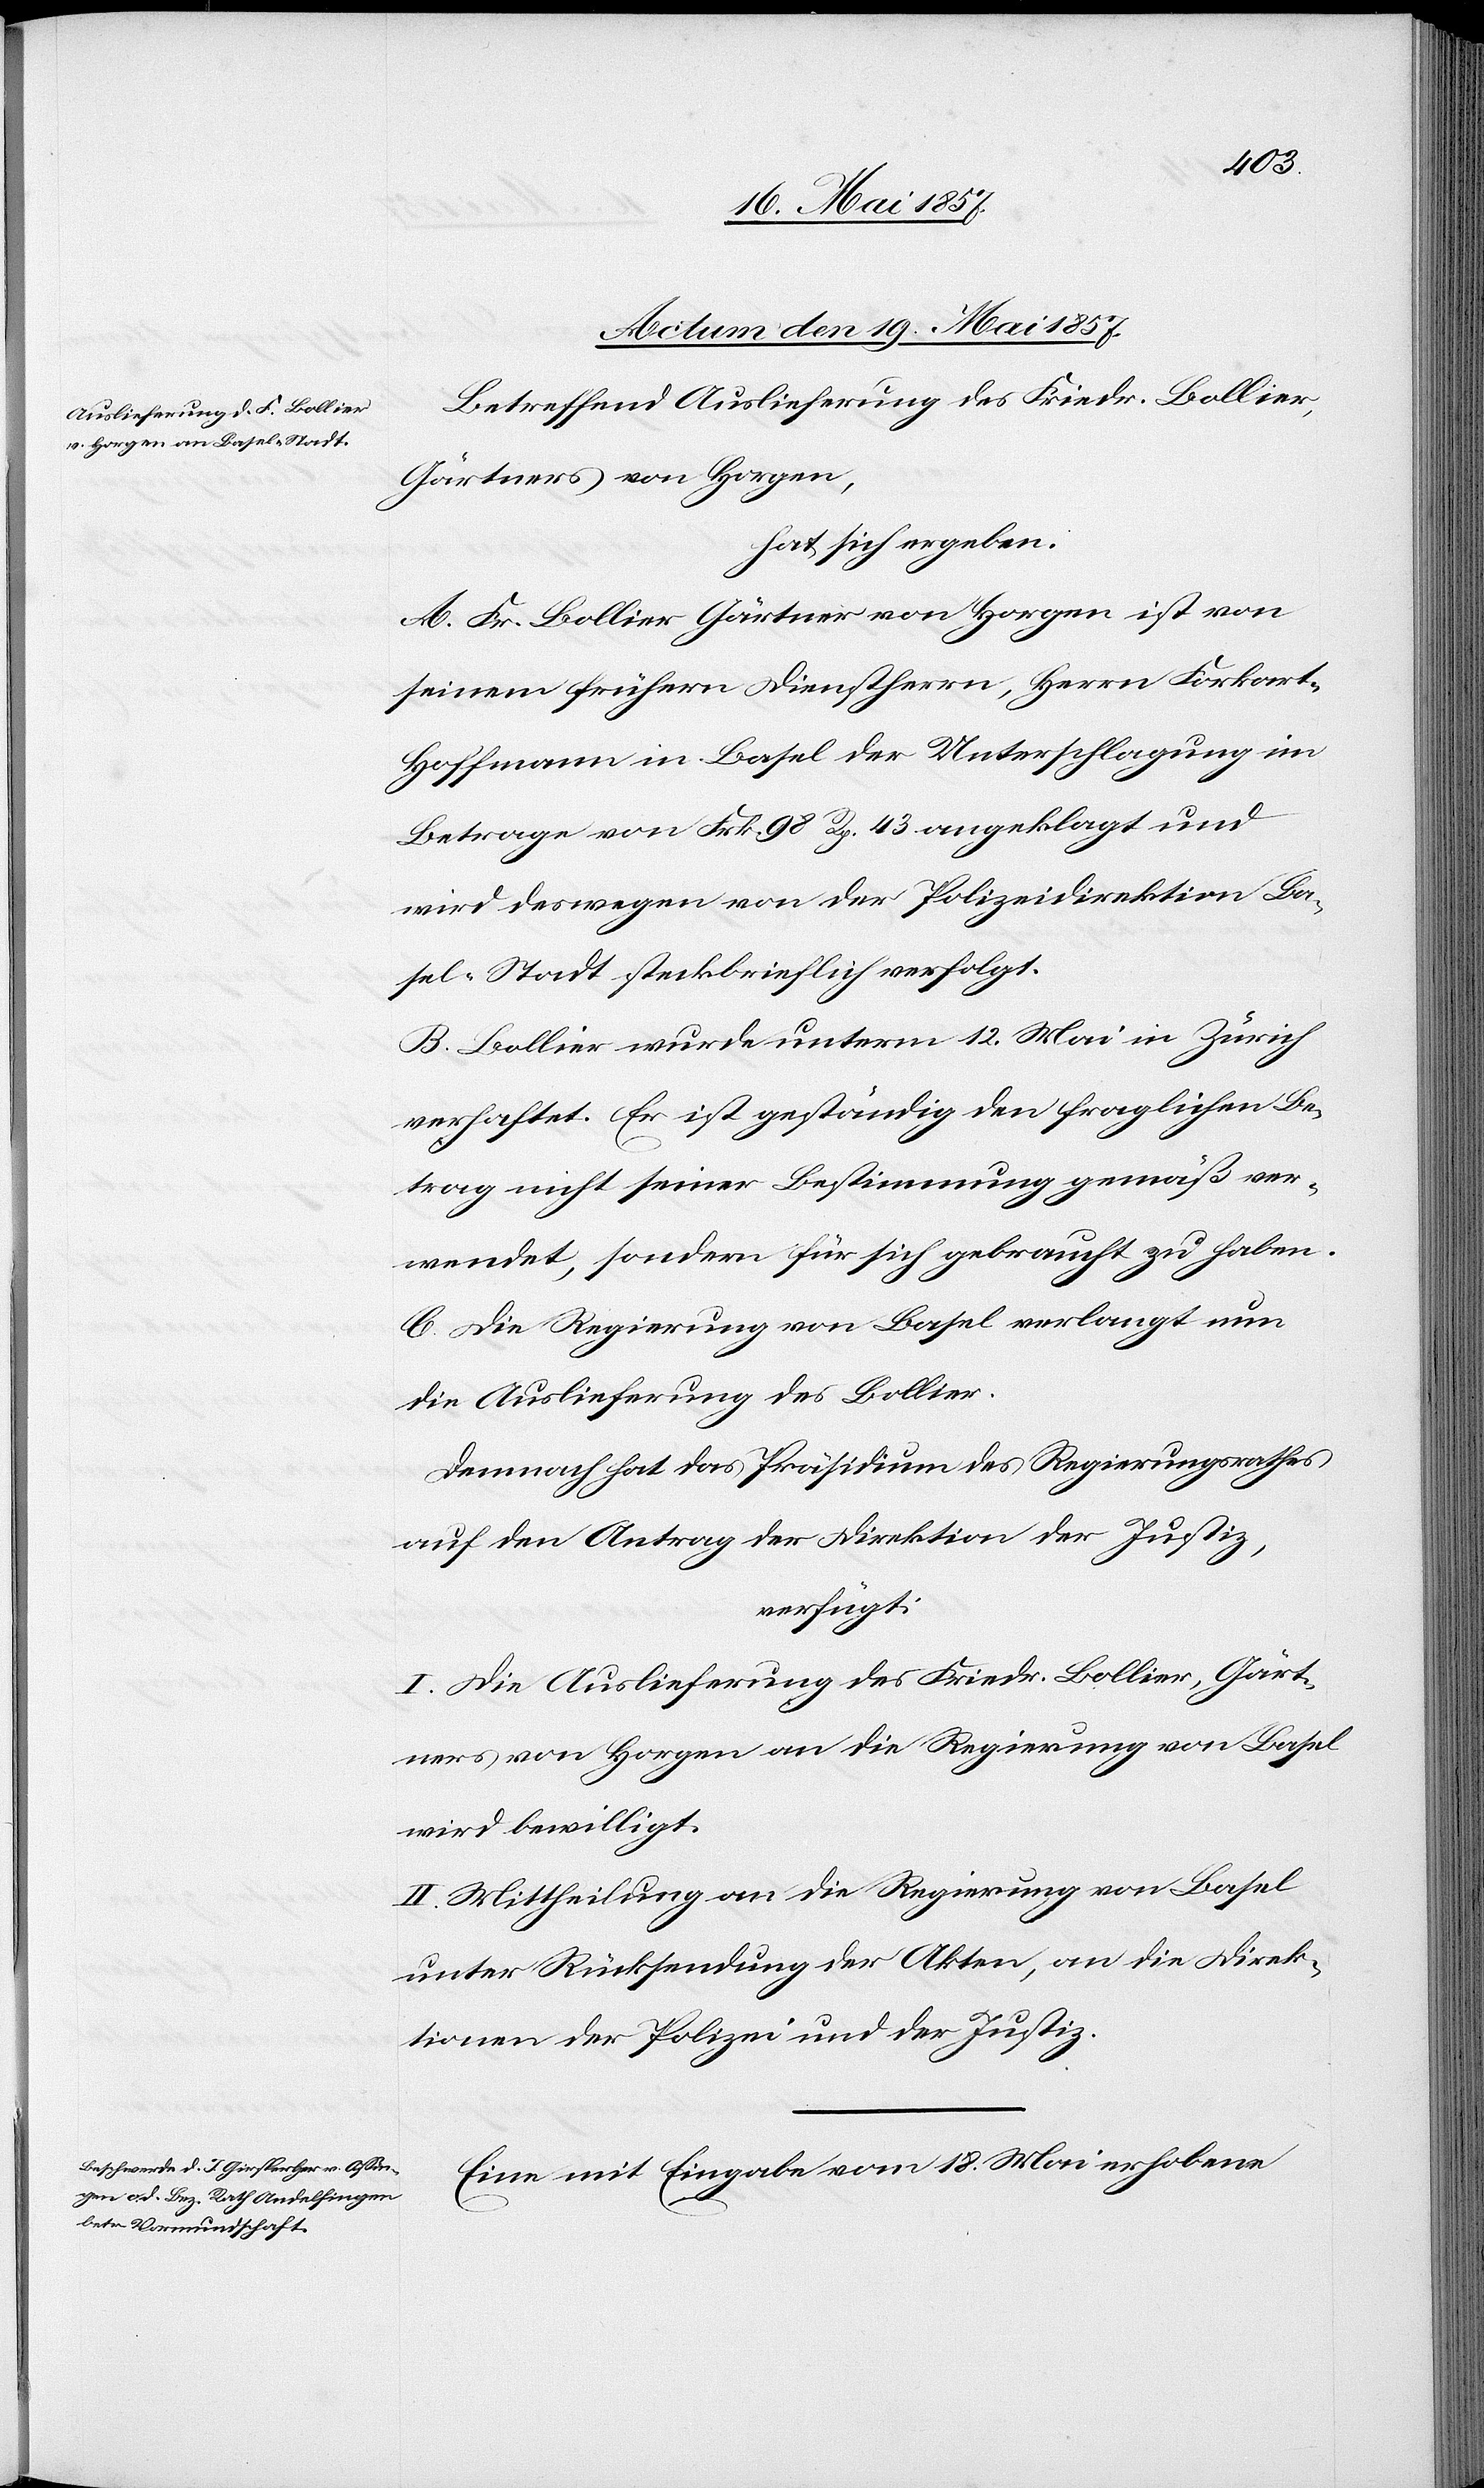
Actum den 19 Mai 1857.]
Betreffend Auslieferung des Friedr. Bollier,
Gärtners von Horgen,
hat sich ergeben:
A. Fr. Bollier Gärtner von Horgen ist von
seinem frühern Dienstherrn, Herrn Forkart-H¬
offmann in Basel der Unterschlagung im
Betrage von Frk. 98 Rp 43 angeklagt und
wird deswegen von der Polizeidirektion Ba¬
sel-Stadt steckbrieflich verfolgt.
B. Bollier wurde unterm 12 Mai in Zürich
verhaftet. Er ist geständig den fraglichen Be¬
trag nicht seiner Bestimmung gemäß ver¬
wendet, sondern für sich gebraucht zu haben.
C. Die Regierung von Basel verlangt nun
die Auslieferung des Bollier.
Demnach hat das Präsidium des Regierungsrathes
auf den Antrag der Direktion der Justiz,
verfügt:
I. Die Auslieferung des Friedr. Bollier, Gärt¬
ners von Horgen an die Regierung von Basel
wird bewilligt.
II. Mittheilung an die Regierung von Basel
unter Rücksendung der Akten, an die Direk¬
tion der Polizei und der Justiz.
Eine mit Eingabe vom 18 Mai erhobene